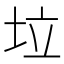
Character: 垃